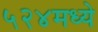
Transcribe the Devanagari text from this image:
५२४मध्ये